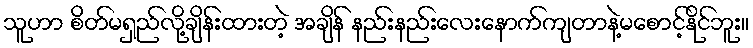
သူဟာ စိတ်မရှည်လို့ချိန်းထားတဲ့ အချိန် နည်းနည်းလေးနောက်ကျတာနဲ့မစောင့်နိုင်ဘူး။